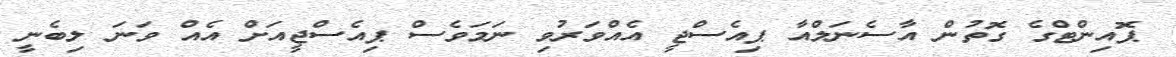
ޕޮއިންްޓްގެ ގޮތުން އާސެނަލްއާ ޕިއެސްޖީ އެއްވަރުވި ނަމަވެސް ޕިއެސްޖީއަށް އެއް ވަނަ ލިބެނީ